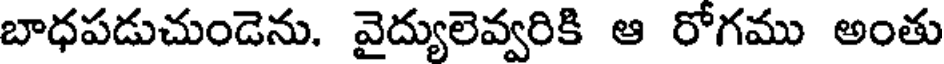
బాధపడుచుండెను. వైద్యులెవ్వరికి ఆ రోగము అంతు